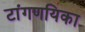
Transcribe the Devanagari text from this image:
टांगणयिका